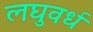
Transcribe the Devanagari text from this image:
लघुवर्ध